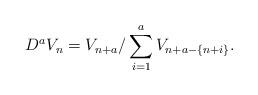
LaTeX: \begin{align*}D^aV_n = V_{n+a} / \sum_{i=1}^a V_{n+a - \{n+i\}}.\end{align*}